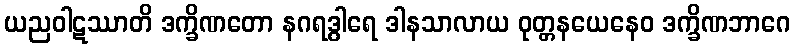
ယညဝါဋဿာတိ ဒက္ခိဏတော နဂရဒွါရေ ဒါနသာလာယ ဝုတ္တနယေနေဝ ဒက္ခိဏဘာဂေ